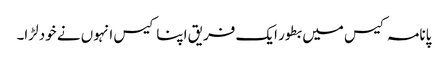
پانامہ کیس میں بطور ایک فریق اپنا کیس انہوں نے خود لڑا۔